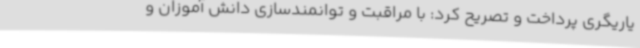
یاریگری پرداخت و تصریح کرد: با مراقبت و توانمندسازی دانش آموزان و